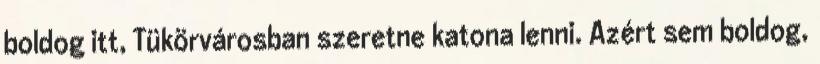
boldog itt, Tükörvárosban szeretne katona lenni. Azért sem boldog,